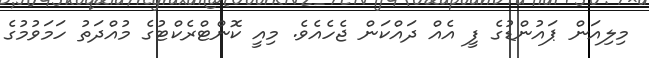
މިލިއަން ޕައުންޑުގެ ފީ އެއް ދައްކަން ޖެހެއެވެ. މިއީ ކޮންޓްރެކްޓުގެ މުއްދަތު ހަމަވުމުގެ